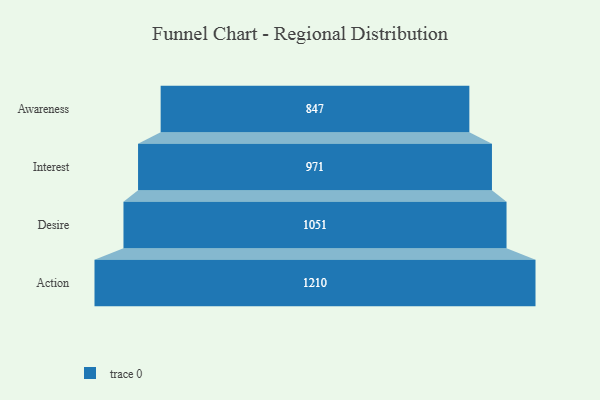
{"axis": {"x": "Stage", "y": "Value"}, "legend": [""], "data": [{"x": "Awareness", "y": 847.0, "type": ""}, {"x": "Interest", "y": 971.0, "type": ""}, {"x": "Desire", "y": 1051.0, "type": ""}, {"x": "Action", "y": 1210.0, "type": ""}]}